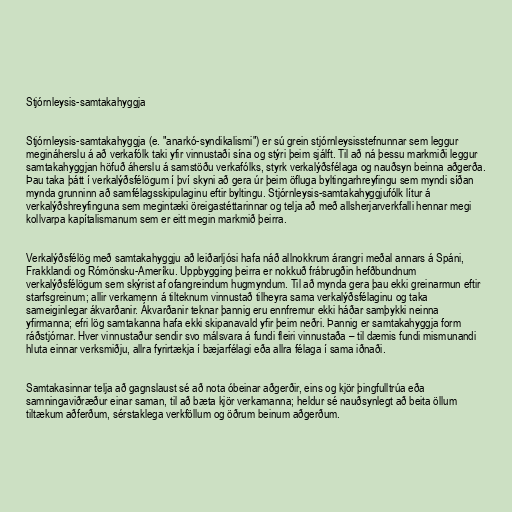
Stjórnleysis-samtakahyggja

Stjórnleysis-samtakahyggja (e. "anarkó-syndikalismi") er sú grein stjórnleysisstefnunnar sem leggur
megináherslu á að verkafólk taki yfir vinnustaði sína og stýri þeim sjálft. Til að ná þessu markmiði leggur
samtakahyggjan höfuð áherslu á samstöðu verkafólks, styrk verkalýðsfélaga og nauðsyn beinna aðgerða.
Þau taka þátt í verkalýðsfélögum í því skyni að gera úr þeim öfluga byltingarhreyfingu sem myndi síðan
mynda grunninn að samfélagsskipulaginu eftir byltingu. Stjórnleysis-samtakahyggjufólk lítur á
verkalýðshreyfinguna sem megintæki öreigastéttarinnar og telja að með allsherjarverkfalli hennar megi
kollvarpa kapítalismanum sem er eitt megin markmið þeirra.

Verkalýðsfélög með samtakahyggju að leiðarljósi hafa náð allnokkrum árangri meðal annars á Spáni,
Frakklandi og Rómönsku-Ameríku. Uppbygging þeirra er nokkuð frábrugðin hefðbundnum
verkalýðsfélögum sem skýrist af ofangreindum hugmyndum. Til að mynda gera þau ekki greinarmun eftir
starfsgreinum; allir verkamenn á tilteknum vinnustað tilheyra sama verkalýðsfélaginu og taka
sameiginlegar ákvarðanir. Ákvarðanir teknar þannig eru ennfremur ekki háðar samþykki neinna
yfirmanna; efri lög samtakanna hafa ekki skipanavald yfir þeim neðri. Þannig er samtakahyggja form
ráðstjórnar. Hver vinnustaður sendir svo málsvara á fundi fleiri vinnustaða – til dæmis fundi mismunandi
hluta einnar verksmiðju, allra fyrirtækja í bæjarfélagi eða allra félaga í sama iðnaði.

Samtakasinnar telja að gagnslaust sé að nota óbeinar aðgerðir, eins og kjör þingfulltrúa eða
samningaviðræður einar saman, til að bæta kjör verkamanna; heldur sé nauðsynlegt að beita öllum
tiltækum aðferðum, sérstaklega verkföllum og öðrum beinum aðgerðum.